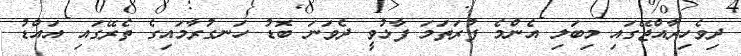
ދިވެހިރާއްޖޭގައި މިބަލި އެންމެ ފުރަތަމަ ފާޅުވީ ދެވަނަ ބޮޑު ހަނގުރާމައިގެ ތެރޭގައި އައްޑު